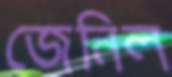
জেনিল